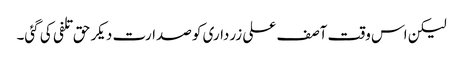
لیکن اس وقت آصف علی زرداری کو صدارت دیکر حق تلفی کی گئی۔